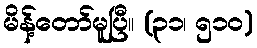
မိန့်တော်မူပြီ။ (၃၁၊ ၅၁၀)